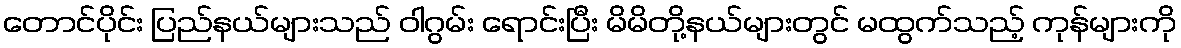
တောင်ပိုင်း ပြည်နယ်များသည် ဝါဂွမ်း ရောင်းပြီး မိမိတို့နယ်များတွင် မထွက်သည့် ကုန်များကို